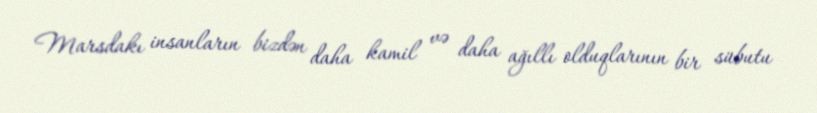
Marsdakı insanların bizdən daha kamil və daha ağıllı olduqlarının bir sübutu